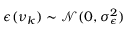
\epsilon ( \nu _ { k } ) \sim \mathcal { N } ( 0 , \sigma _ { \epsilon } ^ { 2 } )